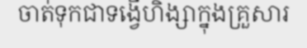
ចាត់ទុកជាទង្វើហិង្សាក្នុងគ្រួសារ